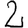
Digit: 2